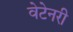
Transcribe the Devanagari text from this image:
वेटेनरी